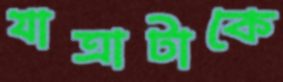
যাত্রাটাকে